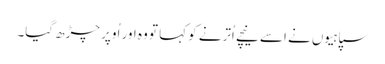
سپاہیوں نے اسے نیچے اُترنے کو کہا تو وہ اور اُوپر چڑھ گیا۔